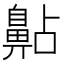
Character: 𪖚